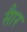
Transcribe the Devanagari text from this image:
साैर